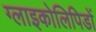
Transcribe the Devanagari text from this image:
ग्लाइकोलिपिडों